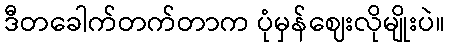
ဒီတခေါက်တက်တာက ပုံမှန်ဈေးလိုမျိုးပဲ။